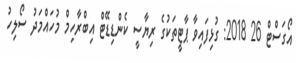
އޯގަސްޓް 26 2018: ގުޅިފައިވާ ޕާޓީތަކުގެ ރިޔާސީ ކެންޑިޑޭޓް އިބްރާހިމް މުހައްމަދު ސޯލިހު